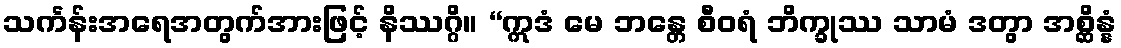
သင်္ကန်းအရေအတွက်အားဖြင့် နိဿဂ္ဂိ။ “ဣဒံ မေ ဘန္တေ စီဝရံ ဘိက္ခုဿ သာမံ ဒတွာ အစ္ဆိန္နံ